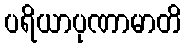
ပရိယာပုဏာမာတိ